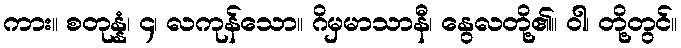
ကား။ စတုန္နံ၊ ၄၊ လကုန်သော။ ဂိမှမာသာနီ၊ နွေလတို့၏။ ဝါ၊ တို့တွင်။